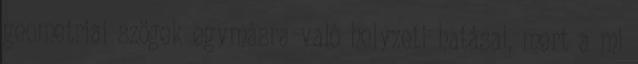
geometriai szögek egymásra való helyzeti hatásai, mert a mi